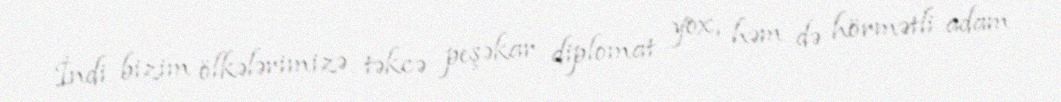
İndi bizim ölkələrimizə təkcə peşəkar diplomat yox, həm də hörmətli adam